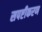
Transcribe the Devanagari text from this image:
सपष्टीकरण